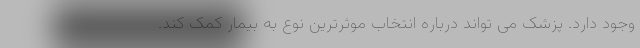
وجود دارد. پزشک می تواند درباره انتخاب موثرترین نوع به بیمار کمک کند.